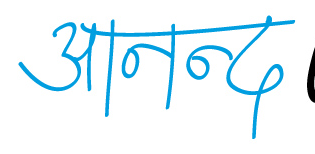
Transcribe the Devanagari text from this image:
आनन्द